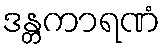
ဒန္တကာရဏံ